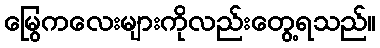
မြွေကလေးများကိုလည်းတွေ့ရသည်။